Vaccination United Provinces of Agra and Oudh 1902-1913 - 1902-1913
Year: 1902
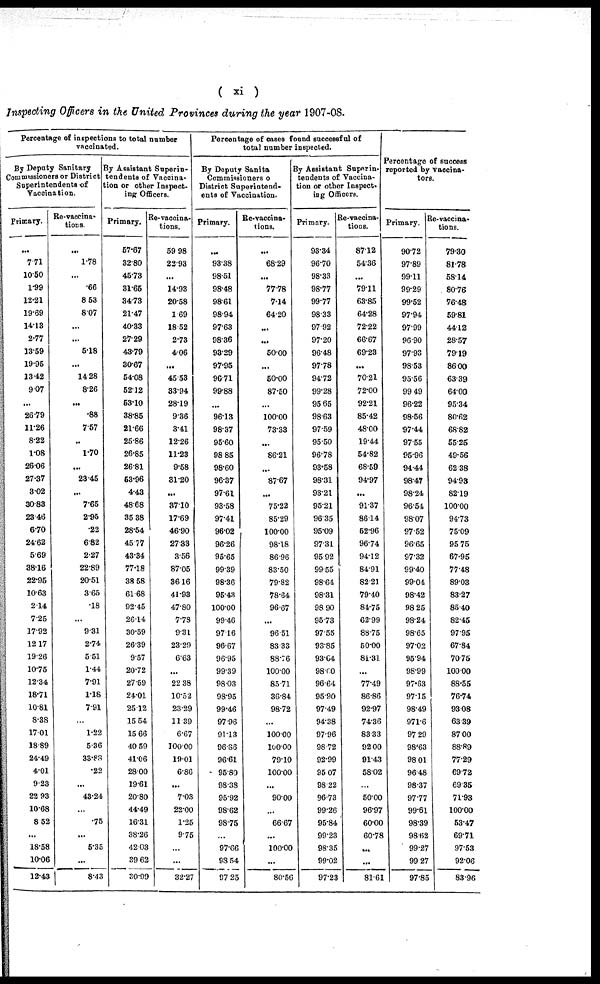
( xi)
Inspecting Officers in the United Provinces during the year 1907-08.
Percentage of inspections to total number
vaccinated.
By Deputy Sanitary
Commissioners or District
Superintendents of
Vaccination.
Primary.
...
771
10.50
1.99
12.21
19.69
14.13
2.77
13.59
19.95
13.42
9.07
...
26.79
11.26
8.22
1.08
26.06
27.37
3.02
30.83
23.46
6.70
24.62
5.69
38.16
22.95
10.63
2.14
7.25
17.92
12.17
19.26
10.75
12.34
18.71
10.81
8.38
17.01
18.89
24.49
4.01
9.23
22.93
10.68
8.52
...
18.58
10.06
12.43
Re-vaccina-
tions.
...
1.78
...
.66
8.53
8.07
...
...
5.18
...
14.28
8.26
...
.88
7.57
...
1.70
...
23.45
...
7.65
2.95
.22
6.82
2.27
22.89
20.51
3.65
.18
...
9.31
2.74
5.51
1.44
7.91
1.18
7.91
...
1.22
5.36
33.88
.22
...
43.24
...
.75
...
5.35
...
8.43
By Assistant Superin-
tendents of Vaccina¬
tion or other Inspect-
ing Officers.
Primary.
57.67
32.80
45.73
31.65
34.73
21.47
40.33
27.29
43.79
30.67
54.08
52.12
53.10
38.85
21.66
25.86
26.85
26.81
53.96
4.43
48.68
35.38
28.54
45. 77
43.34
77.18
38.58
61.68
92.45
26.14
30.59
26.39
9.57
20.72
27.59
24.01
25.12
15.64
15. 66
40.59
41.06
28.00
19.61
20.80
44.49
16.31
38.26
42.03
39.62
30.99
Re-vaccina-
tions.
59.98
22.93
...
14.93
20.58
1.69
18.52
2.73
4.06
...
45.53
33.94
28.19
9.36
3.41
12.26
11.23
9.58
31.20
...
37.10
17.69
46.90
27.33
3.56
87.05
36.16
41.93
47.80
7.78
9.31
23.29
6.63
...
22.38
10.52
23.29
11.39
6.67
100.00
19.01
6.86
...
7.03
22.00
1.25
9.75
...
...
32.27
Percentage of cases found successful of
total number inspected.
By Deputy Sanita
Commissioners o
District Superintend-
ents of Vaccination.
Primary.
...
93.38
98.51
98.48
98.61
98.94
97.63
98.36
93.29
97.95
96.71
99.88
...
96.13
98.37
95.60
98.85
98.60
96.37
97.61
93.58
97.41
96.02
96.26
95.65
99.39
98.36
95.43
100.00
99.46
97.16
96.67
96.95
99.39
98.03
98.95
99.46
97.96
91.13
96.86
96.61
95.80
98.38
95.92
98.62
98.75
...
97.66
98.54
97. 25
Re-vaccina-
tions.
...
68.29
...
77.78
7.14
64.20
...
...
50.00
...
50.00
87.50
...
100.00
73.33
...
86.21
...
87.67
...
75.22
85.29
100.00
98.18
86.96
83.50
79.82
78.64
96.67
...
96.51
83.33
88.76
100.00
85.71
36.84
98.72
...
100.00
100.00
79.10
100.00
...
90.00
...
66.67
...
100.00
...
80.56
By Assistant Superin-
tendents of Vaccina-
tion or other Inspect-
ing Officers.
Primary.
93.34
96.70
98.33
98.77
99.77
98.33
97. 92
97.20
96.48
97.78
94.72
99.28
95.65
98.63
97.59
95.50
96.78
93.58
98.31
93.21
95.21
96.35
95.09
97.31
95.92
99.55
98.64
98.31
98.90
95.73
97.55
93.85
93.64
98.00
96.64
95.90
97.49
94.38
97.96
98.72
92.99
95.07
98.22
96.73
99.26
95.84
99.23
98.35
99.02
97.23
Re-vaccina¬
tions.
87.12
54.36
...
79.11
63.85
64.28
72.22
66.67
69.23
...
70.22
72.00
92.21
85.42
48.00
19.44
54.82
68.59
94.97
...
91.37
86.14
52.96
96.74
94.12
84.91
82.21
79.40
84.75
62.99
88.75
50.00
81.81
...
77.49
86.86
92.97
74.36
83.33
92.00
91.43
58.02
...
50.00
96.97
60.00
60.78
...
...
81.61
Percentage of success
reported by vaccina¬
tors.
Primary.
90.72
97.89
99.11
99.29
99.52
97.94
97.99
96.90
97.93
98.53
95.56
99.49
96.22
98.56
97.44
97.55
95.96
94.44
98.47
98.24
96.54
98.07
97.52
96.65
97.32
99.40
99.04
98.42
98.25
98.24
98.65
97.02
95.94
98.99
97.63
97.15
98.49
971.6
97.29
98.63
98.01
96.48
98.37
97.77
99.61
98.39
98.62
99.27
99.27
97.85
Re-vaccina-
tions.
79.30
81.78
58.14
80.76
76.48
59.81
44.12
28.57
79.19
86.00
63.39
64.00
95.34
80.62
68.82
55.25
49.56
62.38
94.93
82.19
100.00
94.73
75.09
95.75
67.95
77.48
89.03
83.27
85.40
82.45
97.95
67.84
70.75
100.00
88.55
76.74
93.08
63.39
87.00
88.89
77.29
69.72
69.35
71.93
100.00
53.47
69.71
97.53
92.06
83.96